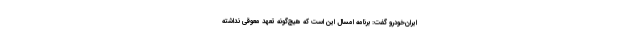
ایران‌خودرو گفت: برنامه امسال این است که هیچ‌گونه تعهد معوقی نداشته